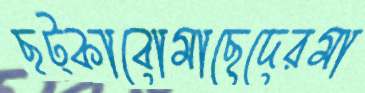
ছট্‌কাবোমাছেদেরমা